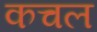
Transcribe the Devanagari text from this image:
कचल